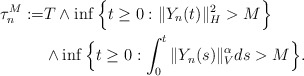
\begin{align*}\tau_{n}^M := & T \wedge \inf\Big\{t\geq 0: \Vert Y_n(t)\Vert_H^2 > M \Big\} \\ & \wedge \inf\Big\{t\geq 0: \int_0^t\Vert Y_n(s)\Vert_{V}^{\alpha}ds >M\Big\}.\end{align*}